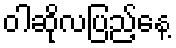
ဝါဆိုလပြည့်နေ့